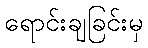
ရောင်းချခြင်းမှ